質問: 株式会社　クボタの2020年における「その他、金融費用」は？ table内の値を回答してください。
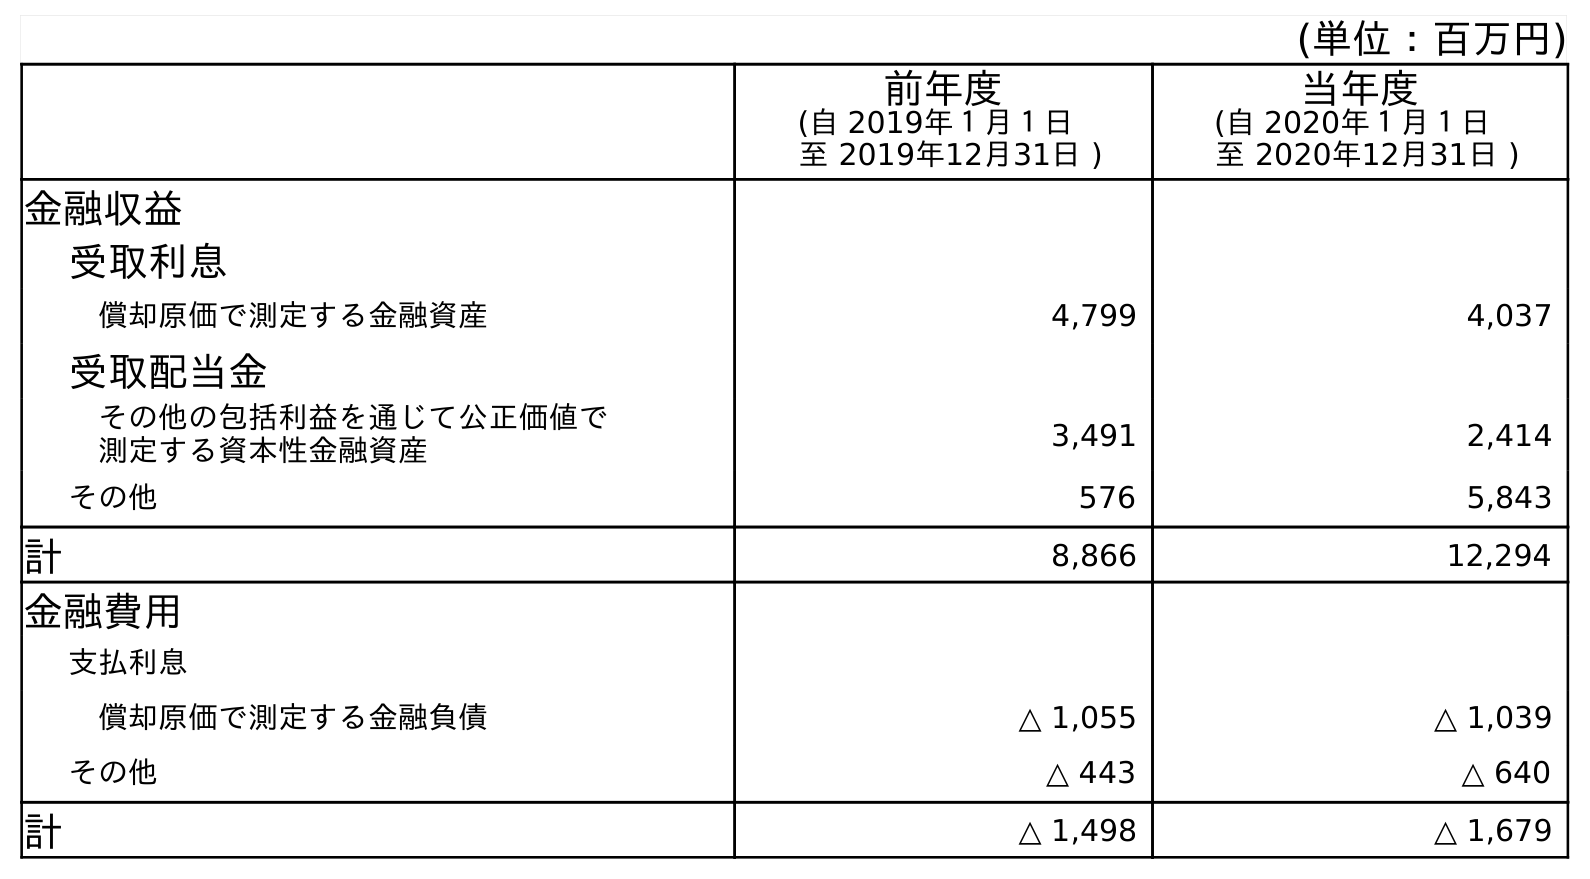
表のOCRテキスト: (単位：百万円) 前年度 (自 2019年１月１日 至 2019年12月31日 ) 当年度 (自 2020年１月１日 至 2020年12月31日 ) 金融収益 受取利息 償却原価で測定する金融資産 4,799 4,037 受取配当金 その他の包括利益を通じて公正価値で 測定する資本性金融資産 3,491 2,414 その他 576 5,843 計 8,866 12,294 金融費用 支払利息 償却原価で測定する金融負債 △ 1,055 △ 1,039 その他 △ 443 △ 640 計 △ 1,498 △ 1,679
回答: △640